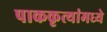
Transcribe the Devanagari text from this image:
पाककृत्यांमध्ये